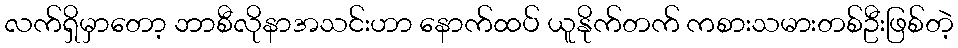
လက်ရှိမှာတော့ ဘာစီလိုနာအသင်းဟာ နောက်ထပ် ယူနိုက်တက် ကစားသမားတစ်ဦးဖြစ်တဲ့